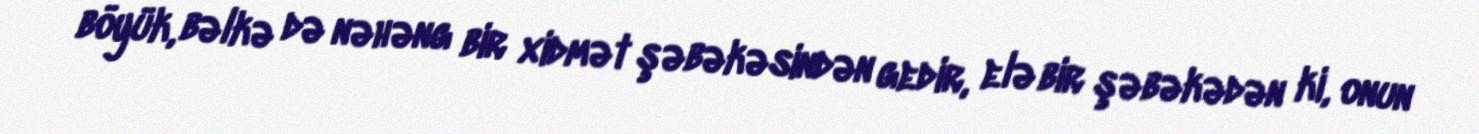
böyük, bəlkə də nəhəng bir xidmət şəbəkəsindən gedir, elə bir şəbəkədən ki, onun